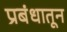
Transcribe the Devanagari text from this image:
प्रबंधातून